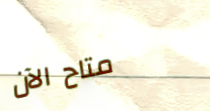
متاح الآن